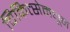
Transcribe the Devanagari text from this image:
चिकित्सेमधून